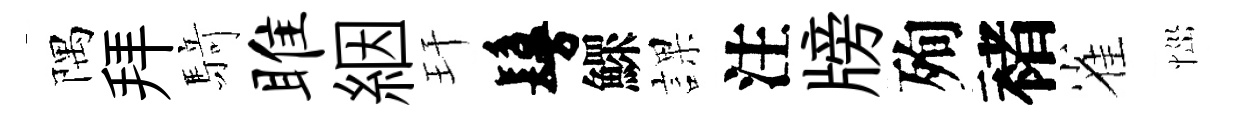
隅拜𮪍雎絪玕鬘鰥課注牓殉褚雀𢙉